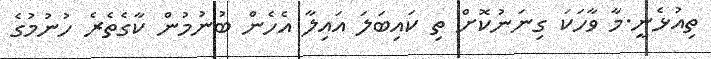
ތިއުޅެނީ.މާ ވާހަކަ ގިނަނުކޮށް ތި ކައިބަލަ އައިލާ އެހެން ބުނުުމުން ކާގެތެރެ ހުނުމުގެ